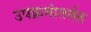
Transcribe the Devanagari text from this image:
उपक्रमांतर्गत